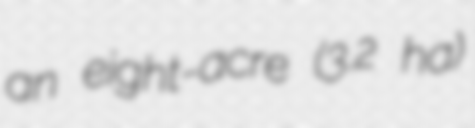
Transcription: an eight-acre (3.2 ha)